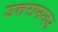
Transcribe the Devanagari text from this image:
उत्तरानन्दन